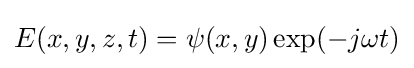
E(x,y,z,t)=\psi (x,y)\exp(-j\omega t)